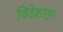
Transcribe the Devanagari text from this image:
विदेशांतून